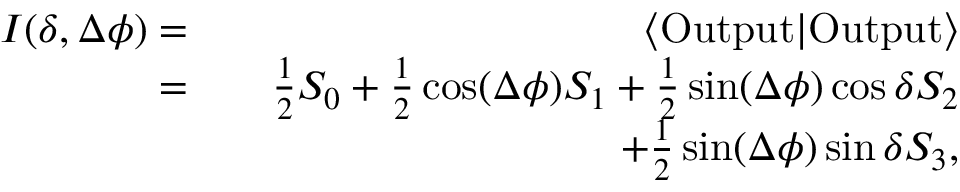
\begin{array} { r l r } { I ( \delta , \Delta \phi ) = } & { } & { \langle \mathrm { O u t p u t } | \mathrm { O u t p u t } \rangle } \\ { = } & { } & { \frac { 1 } { 2 } S _ { 0 } + \frac { 1 } { 2 } \cos ( \Delta \phi ) S _ { 1 } + \frac { 1 } { 2 } \sin ( \Delta \phi ) \cos \delta S _ { 2 } } \\ & { } & { + \frac { 1 } { 2 } \sin ( \Delta \phi ) \sin \delta S _ { 3 } , } \end{array}